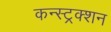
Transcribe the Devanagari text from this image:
कन्‍स्‍ट्रक्‍शन